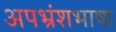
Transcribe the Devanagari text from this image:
अपभ्रंशभाषा